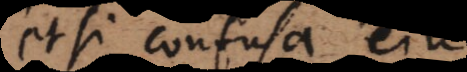
etsi confusa ejus